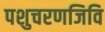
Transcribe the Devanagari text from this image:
पशुचरणजिवि